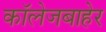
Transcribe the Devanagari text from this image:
कॉलेजबाहेर